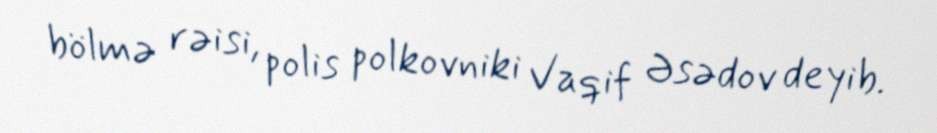
bölmə rəisi, polis polkovniki Vaqif Əsədov deyib.